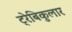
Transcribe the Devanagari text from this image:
ट्रेबिकुलार